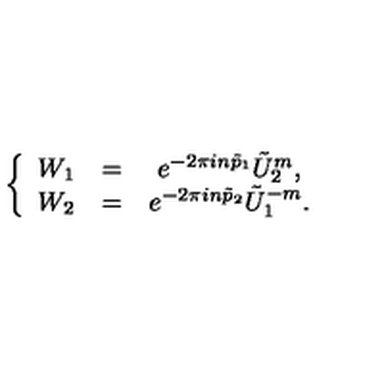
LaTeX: \left\{ \begin{array} { c c c } { W _ { 1 } } & { = } & { e ^ { - 2 \pi i n \tilde { p } _ { 1 } } \tilde { U } _ { 2 } ^ { m } , } \\ { W _ { 2 } } & { = } & { e ^ { - 2 \pi i n \tilde { p } _ { 2 } } \tilde { U } _ { 1 } ^ { - m } . } \\ \end{array} \right.